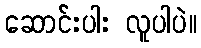
ဆောင်းပါး လူပါပဲ။